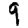
Digit: 9